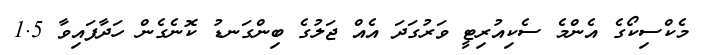
މެކްސިކޯގެ އެންމެ ސެކިއުރިޓީ ވަރުގަދަ އެއް ޖަލުގެ ބިންގަނޑު ކޮނެގެން ހަދާފައިވާ 1.5